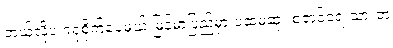
ဘယ်လိုပဲ ဂရုစိုက်ပေမယ့် မြန်မာပြည်မှာ ပထမဆုံး စတင်ရေးသားတဲ့